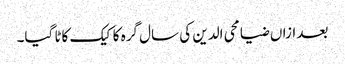
بعد ازاں ضیا محی الدین کی سال گرہ کا کیک کاٹا گیا۔